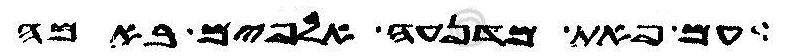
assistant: עם פאת מדנעה אלפים באמה